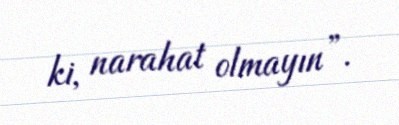
ki, narahat olmayın”.